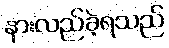
နားလည်ခဲ့ရသည်